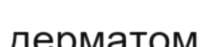
дерматом